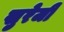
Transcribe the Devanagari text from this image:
खुरेजी